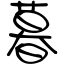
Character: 暮